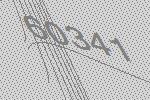
60341